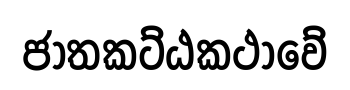
ජාතකට්ඨකථාවේ